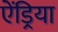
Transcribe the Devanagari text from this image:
ऐंड्रिया